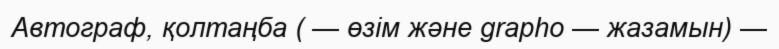
Автограф, қолтаңба ( — өзім және grapho — жазамын) —